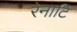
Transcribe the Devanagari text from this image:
रेनाटि